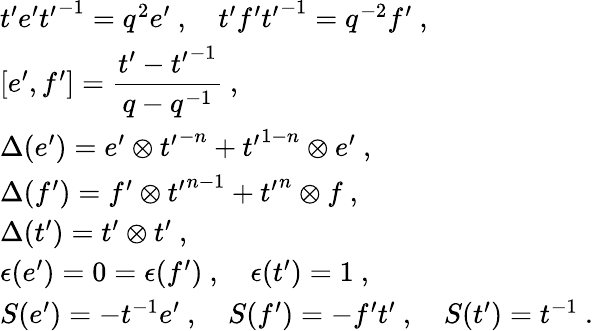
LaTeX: \begin{array}{l}{{t^{\prime}e^{\prime}{t^{\prime}}^{-1}=q^{2}e^{\prime}~,~~~~t^{\prime}f^{\prime}{t^{\prime}}^{-1}=q^{-2}f^{\prime}~,}}\\ {{[e^{\prime},f^{\prime}]=\displaystyle\frac{t^{\prime}-{t^{\prime}}^{-1}}{q-q^{-1}}~,}}\\ {{\Delta(e^{\prime})=e^{\prime}\otimes{t^{\prime}}^{-n}+{t^{\prime}}^{1-n}\otimes e^{\prime}~,}}\\ {{\Delta(f^{\prime})=f^{\prime}\otimes{t^{\prime}}^{n-1}+{t^{\prime}}^{n}\otimes f~,}}\\ {{\Delta(t^{\prime})=t^{\prime}\otimes t^{\prime}~,}}\\ {{\epsilon(e^{\prime})=0=\epsilon(f^{\prime})~,~~~~\epsilon(t^{\prime})=1~,}}\\ {{S(e^{\prime})=-t^{-1}e^{\prime}~,~~~~S(f^{\prime})=-f^{\prime}t^{\prime}~,~~~~S(t^{\prime})=t^{-1}~.}}\end{array}